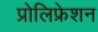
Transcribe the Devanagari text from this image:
प्रोलिफ्रेशन